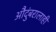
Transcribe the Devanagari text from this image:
औदुंबरालाही